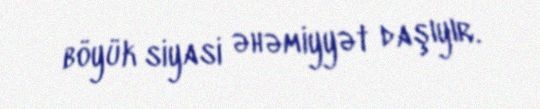
böyük siyasi əhəmiyyət daşıyır.